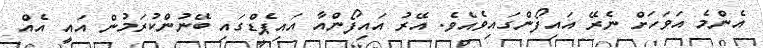
އެންމެ އަވަހަށް ނެރޭ އައިފޯންގައިވެއެވެ. އޭރު އައިފޯންއާ އައިޕެޑްގައި ބޭނުންކުރަމުން އައީ އެއް